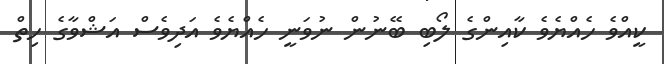
ކީއްވެ ހެއްޔެވެ ކާއިންގެ ލޯބި ބޭނުން ނުވަނީ ހެއްޔެވެ އަދިވެސް އަޝްވާގެ ހިތް